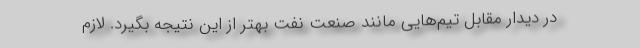
در دیدار مقابل تیم‌هایی مانند صنعت نفت بهتر از این نتیجه بگیرد. لازم